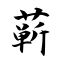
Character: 蕲